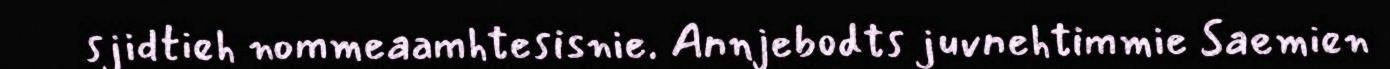
sjidtieh nommeaamhtesisnie. Annjebodts juvnehtimmie Saemien